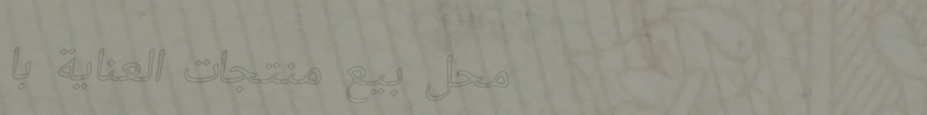
محل بيع منتجات العناية با